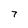
Character: 7